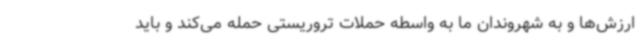
ارزش‌ها و به شهروندان ما به واسطه حملات تروریستی حمله می‌کند و باید